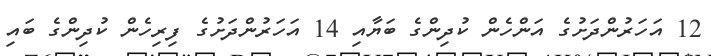
12 އަހަރުންދަށުގެ އަންހެން ކުދިންގެ ބަޔާއިި 14 އަހަރުންދަށުގެ ފިރިހެން ކުދިންގެ ބައި